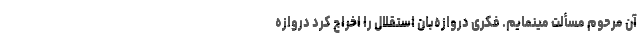
آن مرحوم مسألت مینمایم. فکری دروازه‌بان استقلال را اخراج کرد دروازه